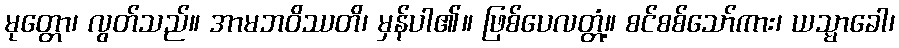
မုတ္တော၊ လွတ်သည်။ အာမဘဝိဿတိ၊ မှန်ပါ၏။ ဖြစ်ပေလတ္တံ့။ စင်စစ်သော်ကား၊ ယသ္မာခေါ၊